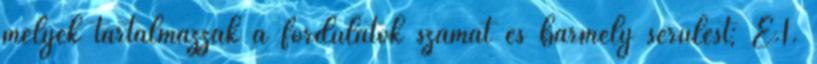
melyek tartalmazzák a fordulatok számát és bármely sérülést; E.1.